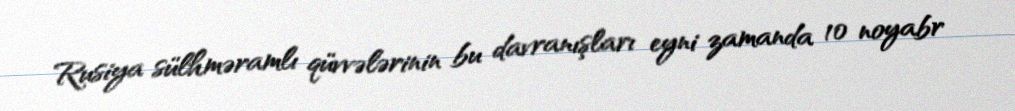
Rusiya sülhməramlı qüvvələrinin bu davranışları eyni zamanda 10 noyabr